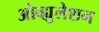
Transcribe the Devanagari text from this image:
ओव्ह्युलेशन